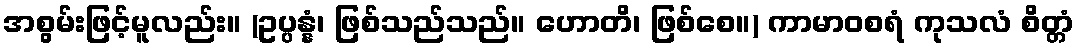
အစွမ်းဖြင့်မူလည်း။ (ဥပ္ပန္နံ၊ ဖြစ်သည်သည်။ ဟောတိ၊ ဖြစ်စေ။) ကာမာဝစရံ ကုသလံ စိတ္တံ